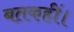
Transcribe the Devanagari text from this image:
बतकहीं।